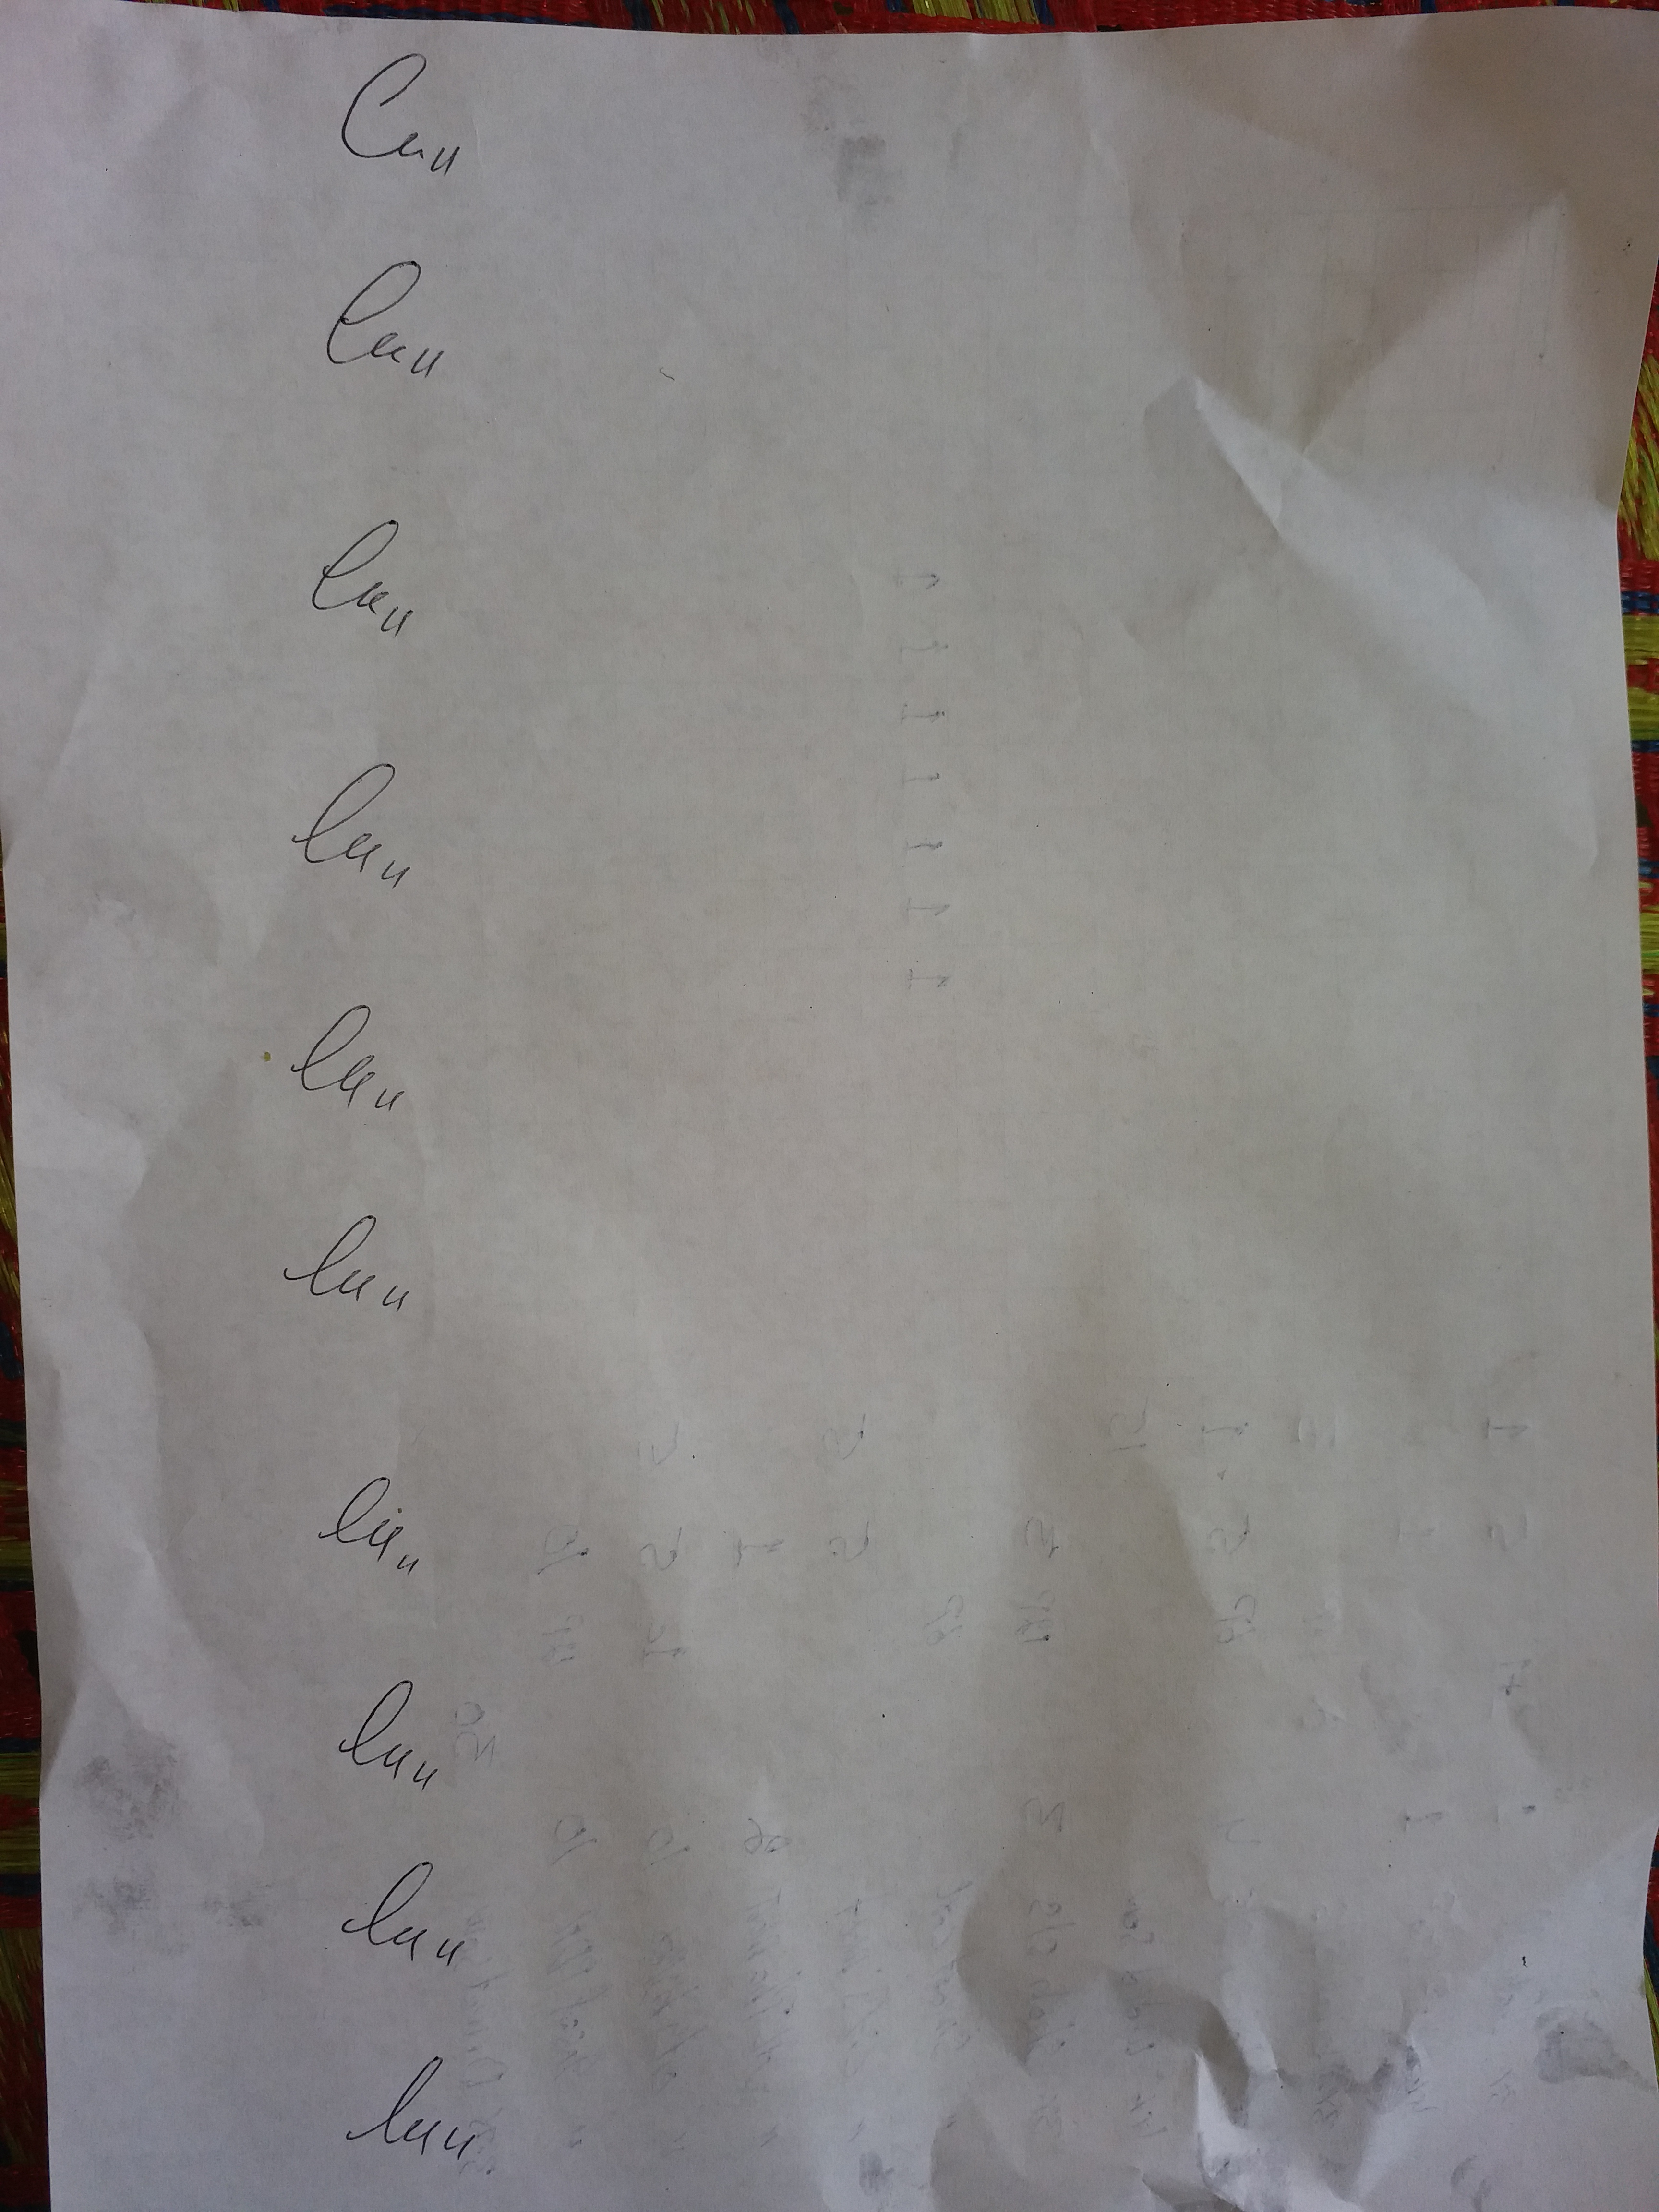
Signature authenticity: genuine